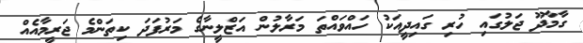
ގާމާދޫ ޖަލުގައި ހުރި ގައިދީއަކު ހައްވައްތަ މަރާލުން އަޒްލީނާގެ މަރުފަދަ ކިތަންމެ ޖަރީމާއެއް